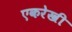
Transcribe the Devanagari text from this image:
एकरेखी